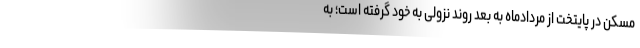
مسکن در پایتخت از مردادماه به بعد روند نزولی به خود گرفته است؛ به